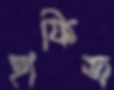
হাফিজ